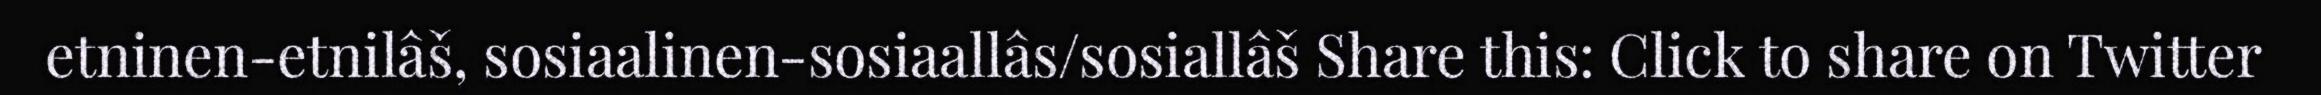
etninen-etnilâš, sosiaalinen-sosiaallâs/sosiallâš Share this: Click to share on Twitter